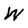
Character: W